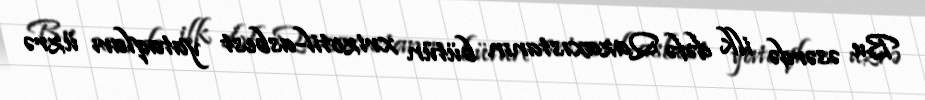
Bu əsərdə ilk dəfə Qazaxıstanın bütün xrizotil-asbest yataqları üzrə